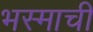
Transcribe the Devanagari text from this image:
भस्माची